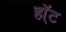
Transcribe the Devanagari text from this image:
हॉ्ट